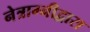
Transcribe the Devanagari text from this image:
नेत्राग्नीद्वारा